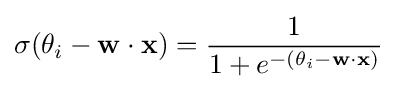
\sigma (\theta _{i}-\mathbf {w} \cdot \mathbf {x} )={\frac {1}{1+e^{-(\theta _{i}-\mathbf {w} \cdot \mathbf {x} )}}}